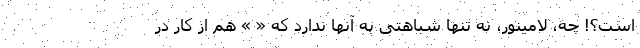
است؟! چه، لامینور، نه تنها شباهتی به آنها ندارد که « » هم از کار در